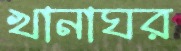
খানাঘর